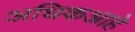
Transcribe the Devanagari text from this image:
अधिकआहे